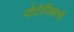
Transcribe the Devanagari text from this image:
पोर्टलैंडवासी